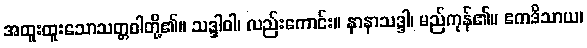
အထူးထူးသောသတ္တဝါတို့၏။ သဒ္ဒါဝါ၊ လည်းကောင်း။ နာနာသဒ္ဒါ၊ မည်ကုန်၏။ ဧကဒိသာယ၊